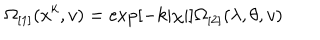
LaTeX: \Omega _ { \lbrack 1 ] } ( x ^ { k } , v ) = \exp [ - k | \chi | ] \Omega _ { \lbrack 2 ] } ( \lambda , \theta , v )